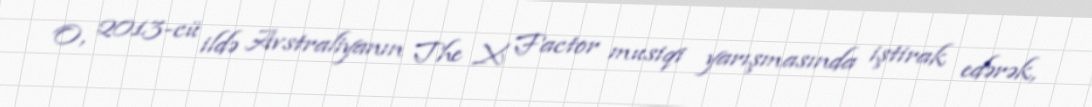
O, 2013-cü ildə Avstraliyanın The X Factor musiqi yarışmasında iştirak edərək,